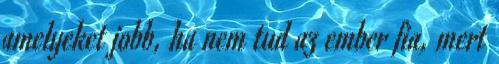
amelyeket jobb, ha nem tud az ember fia, mert